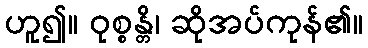
ဟူ၍။ ဝုစ္စန္တိ၊ ဆိုအပ်ကုန်၏။